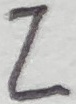
Text: Z